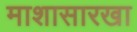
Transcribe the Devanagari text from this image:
माशासारखा